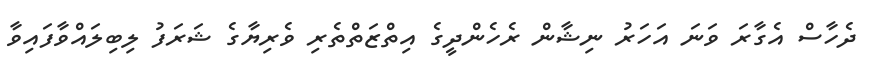
ދެހާސް އެގާރަ ވަނަ އަހަރު ނިޝާން ރެހެންދީގެ އިތްޒަތްތެރި ވެރިޔާގެ ޝަރަފު ލިބިލައްވާފައިވާ